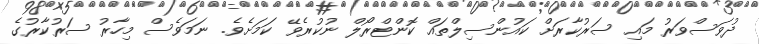
ދުވަސްވަރު މައި ސަރުކާރަށް ކައުންސިލްތައް ކޮންޓްރޯލް ނުކުރެވޭ ކަމަށެވެ. ނަމަވެސް މިހާރު ސަރުކާރުގެ